Report of the Indian Hemp Drugs Commission, 1894-1895 - Volume IV
Year: 1894
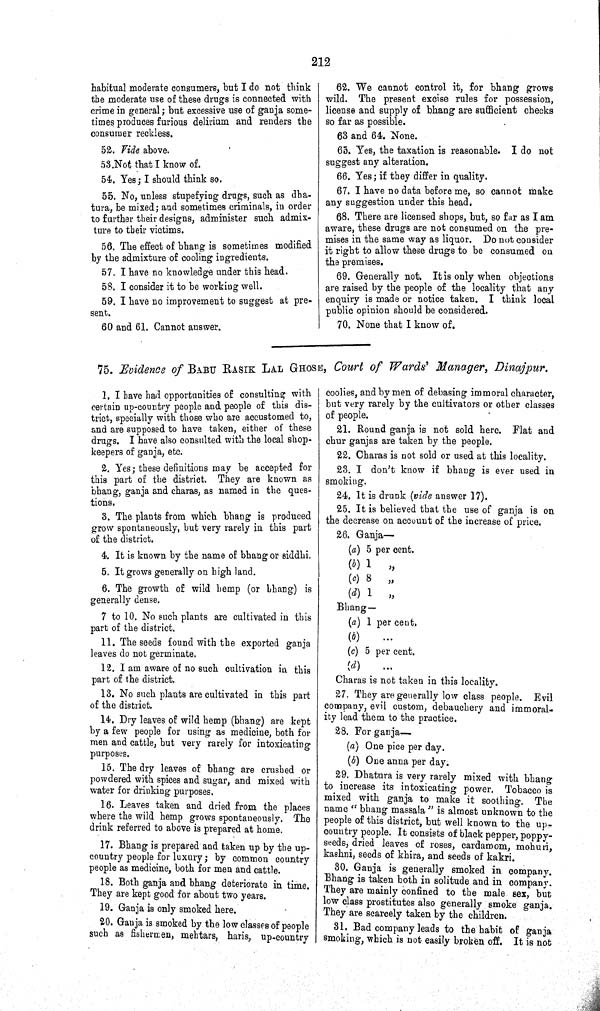
212
habitual moderate consumers, but I do not think
the moderate use of these drugs is connected with
crime in general; but excessive use of ganja some-
times produces furious delirium and renders the
consumer reckless.
52. Vide above.
53.Not that I know of.
54. Yes; I should think so.
55. No, unless stupefying drugs, such as dha-
tura, be mixed; and sometimes criminals, in order
to further their designs, administer such admix-
ture to their victims.
56. The effect of bhang is sometimes modified
by the admixture of cooling ingredients.
57. I have no knowledge under this head.
58. I consider it to be working well.
59. I have no improvement to suggest at pre-
sent.
60 and 61. Cannot answer.
62. We cannot control it, for bhang grows
wild. The present excise rules for possession,
license and supply of bhang are sufficient checks
so far as possible.
63 and 64. None.
65. Yes, the taxation is reasonable. I do not
suggest any alteration.
66. Yes; if they differ in quality.
67. I have no data before me, so cannot make
any suggestion under this head.
68. There are licensed shops, but, so far as I am
aware, these drugs are not consumed on the pre-
mises in the same way as liquor. Do not consider
it right to allow these drugs to be consumed on
the premises.
69. Generally not. It is only when objections
are raised by the people of the locality that any
enquiry is made or notice taken. I think local
public opinion should be considered.
70. None that I know of.
75. Evidence of BABU RASIK LAL GHOSE, Court of Wards' Manager, Dinajpur.
1. I have had opportunities of consulting with
certain up-country people and people of this dis-
trict, specially with those who are accustomed to,
and are supposed to have taken, either of these
drugs. I have also consulted with the local shop-
keepers of ganja, etc.
2. Yes; these definitions may be accepted for
this part of the district. They are known as
bhang, ganja and charas, as named in the ques-
tions.
3. The plants from which bhang is produced
grow spontaneously, but very rarely in this part
of the district.
4. It is known by the name of bhang or siddhi.
5. It grows generally on high land.
6. The growth of wild hemp (or bhang) is
generally dense.
7 to 10. No such plants are cultivated in this
part of the district.
11. The seeds found with the exported ganja
leaves do not germinate.
12. I am aware of no such cultivation in this
part of the district.
13. No such plants are cultivated in this part
of the district.
14. Dry leaves of wild hemp (bhang) are kept
by a few people for using as medicine, both for
men and cattle, but very rarely for intoxicating
purposes.
15. The dry leaves of bhang are crushed or
powdered with spices and sugar, and mixed with
water for drinking purposes.
16. Leaves taken and dried from the places
where the wild hemp grows spontaneously. The
drink referred to above is prepared at home.
17. Bhang is prepared and taken up by the up-
country people for luxury; by common country
people as medicine, both for men and cattle.
18. Both ganja and bhang deteriorate in time.
They are kept good for about two years.
19. Ganja is only smoked here.
20. Ganja is smoked by the low classes of people
such as fishermen, mehtars, haris, up-country
coolies, and by men of debasing immoral character,
but very rarely by the cultivators or other classes
of people.
21. Round ganja is not sold here. Flat and
chur ganjas are taken by the people.
22. Charas is not sold or used at this locality.
23. I don't know if bhang is ever used in
smoking.
24. It is drunk (vide answer 17).
25. It is believed that the use of ganja is on
the decrease on account of the increase of price.
26. Ganja—
(a) 5 per cent.
(b) 1
"
(c) 8
"
(d) 1
"
Bhang—
(a) 1 per cent.
(b)
(c) 5 per cent.
(d)
Charas is not taken in this locality.
27. They are generally low class people. Evil
company, evil custom, debauchery and immoral-
ity lead them to the practice.
28. For ganja—
(a) One pice per day.
(b) One anna per day.
29. Dhatura is very rarely mixed with bhang
to increase its intoxicating power. Tobacco is
mixed with ganja to make it soothing. The
name "bhang massala" is almost unknown to the
people of this district, but well known to the up-
country people. It consists of black pepper, poppy-
seeds, dried leaves of roses, cardamom, mohuri,
kashni, seeds of khira, and seeds of kakri.
30. Ganja is generally smoked in company.
Bhang is taken both in solitude and in company.
They are mainly confined to the male sex, but
low class prostitutes also generally smoke ganja.
They are scarcely taken by the children.
31. Bad company leads to the habit of ganja
smoking, which is not easily broken off. It is not